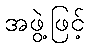
အဖွဲ့ဖြင့်